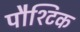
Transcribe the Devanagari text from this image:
पौश्टिक